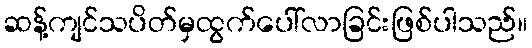
ဆန့်ကျင်သပိတ်မှထွက်ပေါ်လာခြင်းဖြစ်ပါသည်။